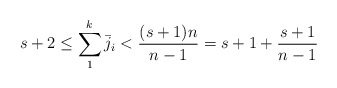
\begin{align*}s+2 \le \sum_1^k \bar j_i < {{(s+1)n} \over {n-1}}=s+1+{{s+1} \over {n-1}} \ \ \ \ \end{align*}